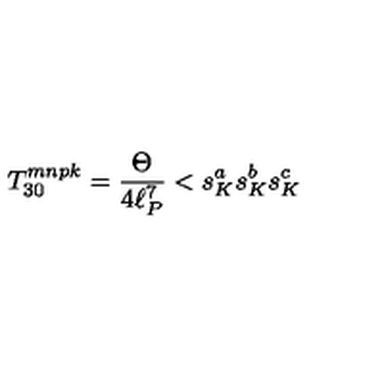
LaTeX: T _ { 3 0 } ^ { m n p k } = \frac { \Theta } { 4 \ell _ { P } ^ { 7 } } < s _ { K } ^ { a } s _ { K } ^ { b } s _ { K } ^ { c }